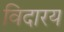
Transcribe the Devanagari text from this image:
विदारय